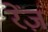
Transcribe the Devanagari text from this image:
रेंज़